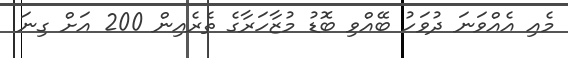
މެއި އެއްވަނަ ދުވަހު ބޭއްވި ބޮޑު މުޒާހަރާގެ ތެރެއިން 200 އަށް ގިނަ